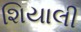
શિયાલી